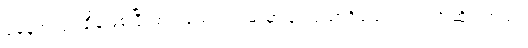
ပုံမှန်အလုပ်ချိန်ဖြစ်ပြီး စက်ရုံသက်တမ်းမှာ ၃ လသာရှိသေးတယ်လို့ ဆိုပါတယ်။